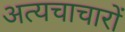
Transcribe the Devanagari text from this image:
अत्यचाचारों